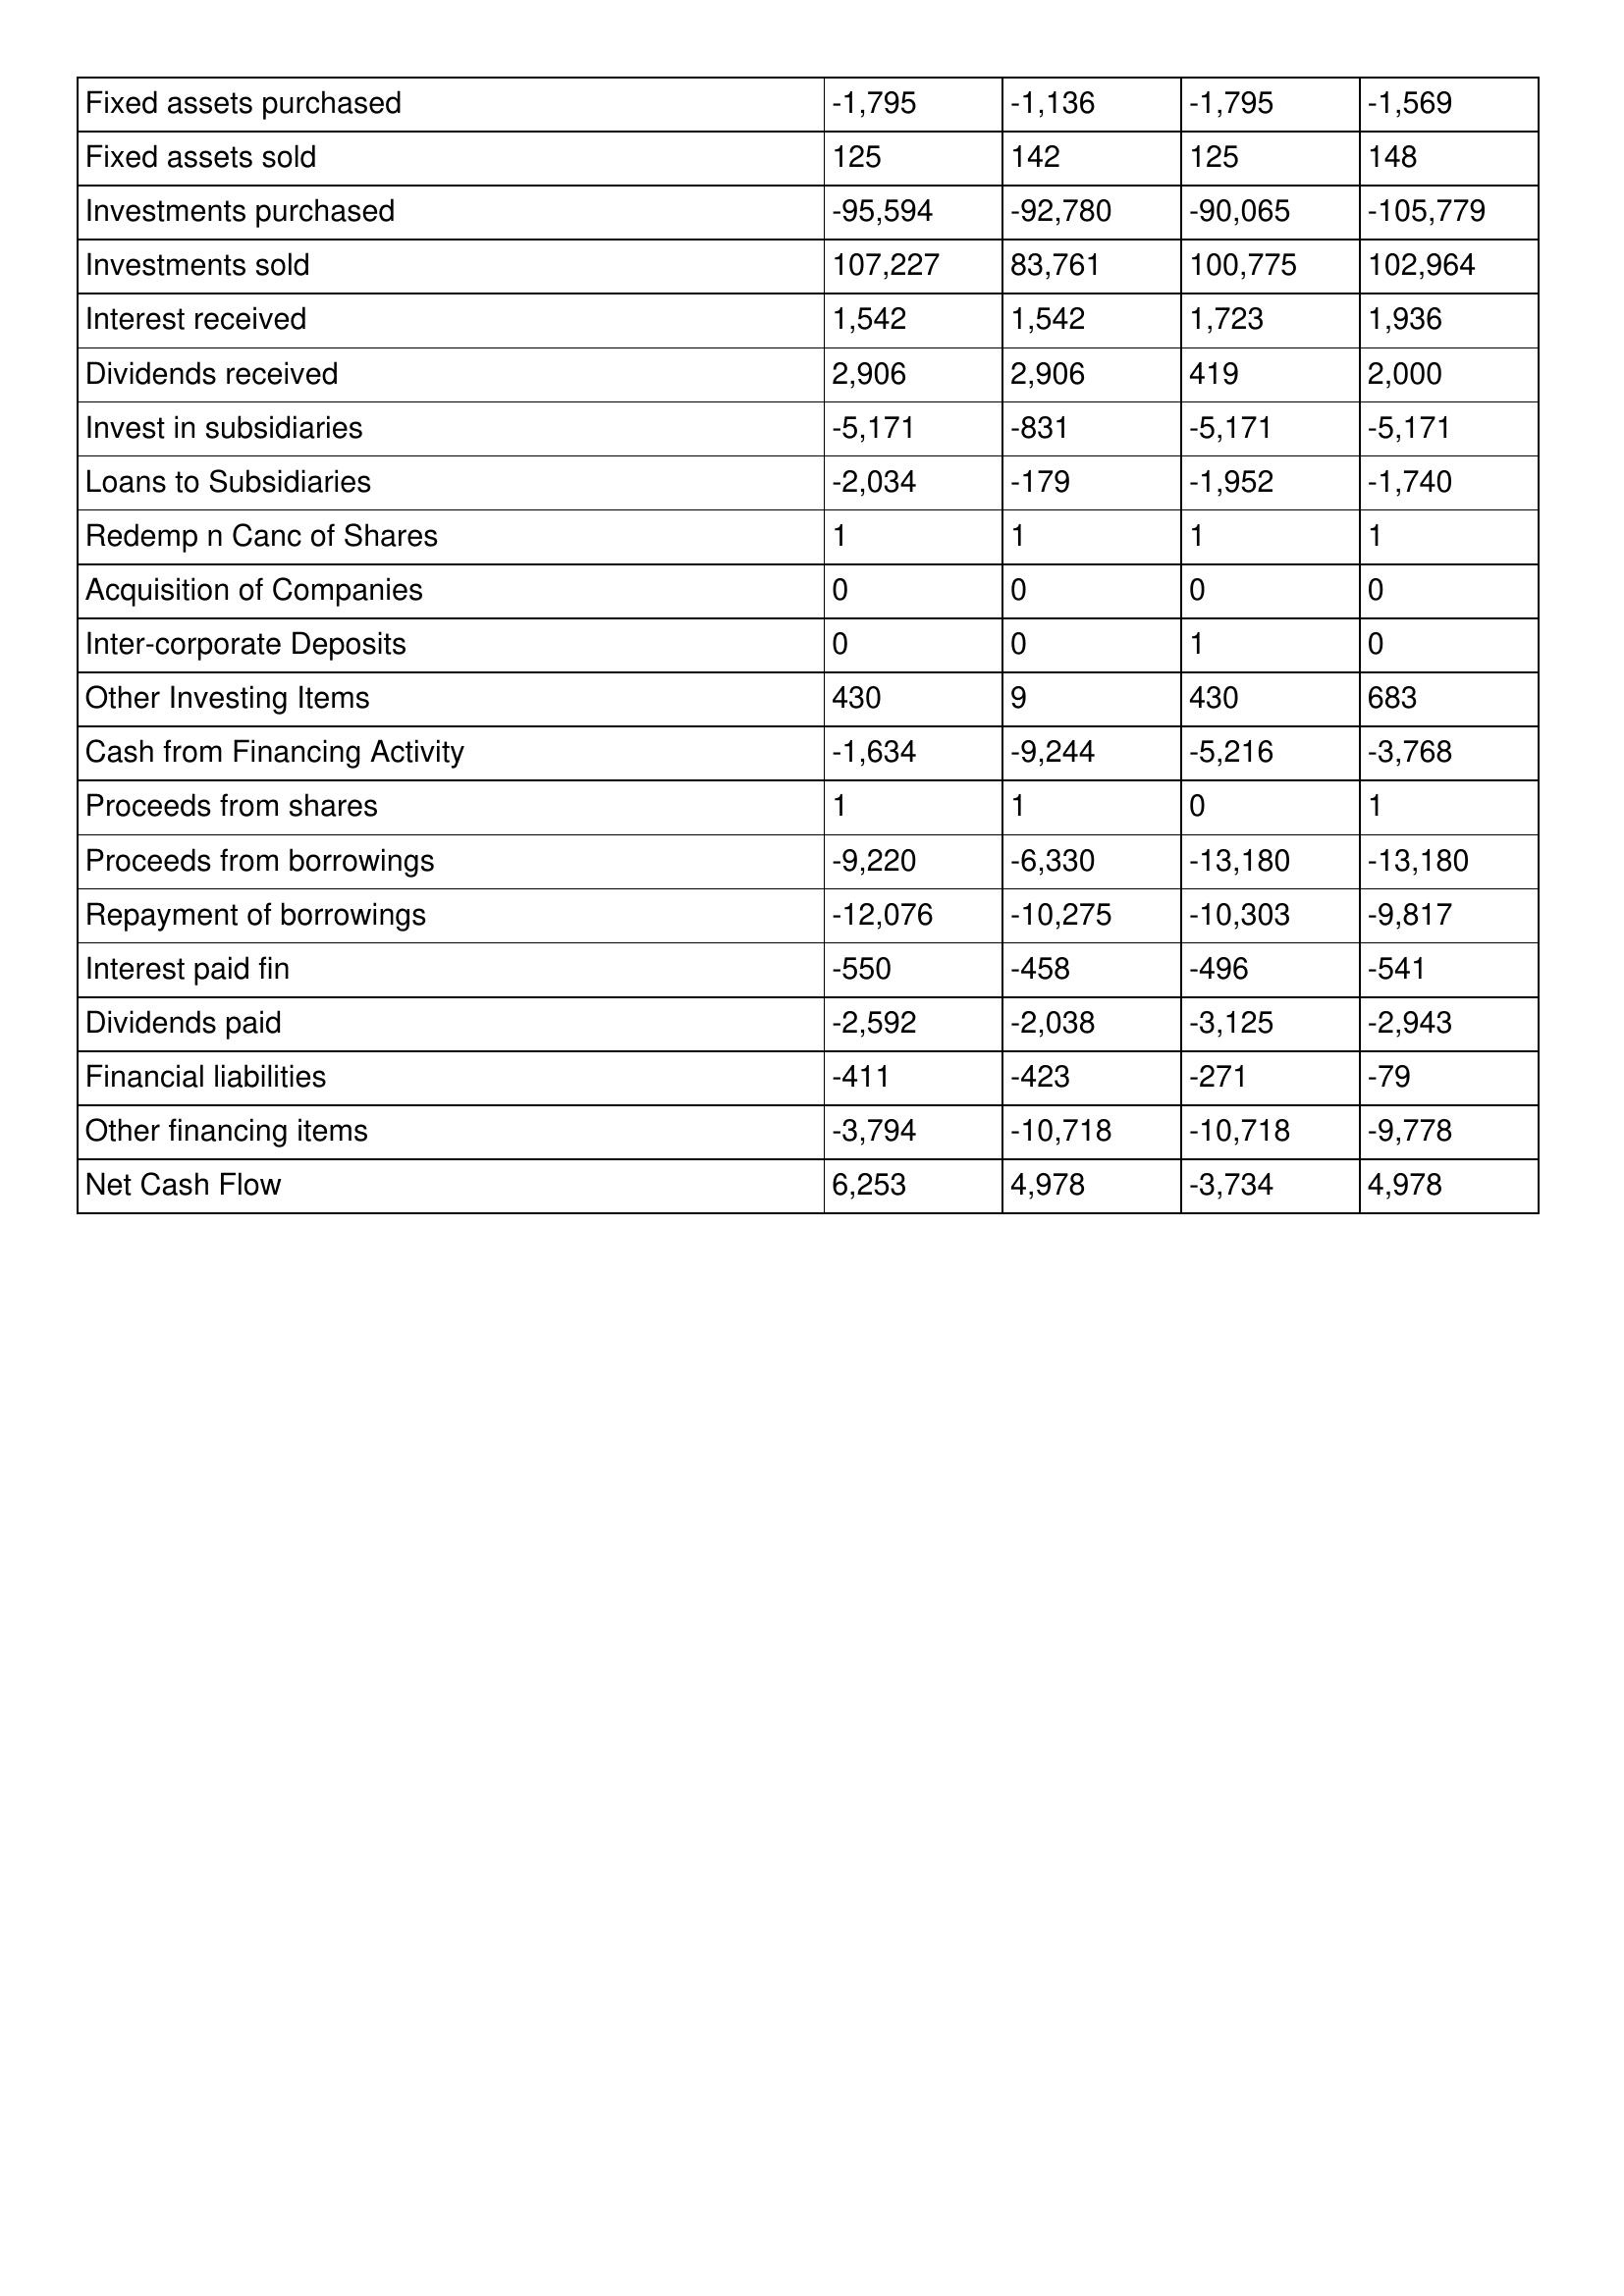
gt_parse: 1999: Cash Flows: Fixed assets purchased: -1,795
Fixed assets sold: 125
Investments purchased: -95,594
Investments sold: 107,227
Interest received: 1,542
Dividends received: 2,906
Invest in subsidiaries: -5,171
Loans to Subsidiaries: -2,034
Redemp n Canc of Shares: 1
Acquisition of Companies: 0
Inter-corporate Deposits: 0
Other Investing Items: 430
Cash from Financing Activity: -1,634
Proceeds from shares: 1
Proceeds from borrowings: -9,220
Repayment of borrowings: -12,076
Interest paid fin: -550
Dividends paid: -2,592
Financial liabilities: -411
Other financing items: -3,794
Net Cash Flow: 6,253
1998: Cash Flows: Fixed assets purchased: -1,136
Fixed assets sold: 142
Investments purchased: -92,780
Investments sold: 83,761
Interest received: 1,542
Dividends received: 2,906
Invest in subsidiaries: -831
Loans to Subsidiaries: -179
Redemp n Canc of Shares: 1
Acquisition of Companies: 0
Inter-corporate Deposits: 0
Other Investing Items: 9
Cash from Financing Activity: -9,244
Proceeds from shares: 1
Proceeds from borrowings: -6,330
Repayment of borrowings: -10,275
Interest paid fin: -458
Dividends paid: -2,038
Financial liabilities: -423
Other financing items: -10,718
Net Cash Flow: 4,978
1997: Cash Flows: Fixed assets purchased: -1,795
Fixed assets sold: 125
Investments purchased: -90,065
Investments sold: 100,775
Interest received: 1,723
Dividends received: 419
Invest in subsidiaries: -5,171
Loans to Subsidiaries: -1,952
Redemp n Canc of Shares: 1
Acquisition of Companies: 0
Inter-corporate Deposits: 1
Other Investing Items: 430
Cash from Financing Activity: -5,216
Proceeds from shares: 0
Proceeds from borrowings: -13,180
Repayment of borrowings: -10,303
Interest paid fin: -496
Dividends paid: -3,125
Financial liabilities: -271
Other financing items: -10,718
Net Cash Flow: -3,734
1996: Cash Flows: Fixed assets purchased: -1,569
Fixed assets sold: 148
Investments purchased: -105,779
Investments sold: 102,964
Interest received: 1,936
Dividends received: 2,000
Invest in subsidiaries: -5,171
Loans to Subsidiaries: -1,740
Redemp n Canc of Shares: 1
Acquisition of Companies: 0
Inter-corporate Deposits: 0
Other Investing Items: 683
Cash from Financing Activity: -3,768
Proceeds from shares: 1
Proceeds from borrowings: -13,180
Repayment of borrowings: -9,817
Interest paid fin: -541
Dividends paid: -2,943
Financial liabilities: -79
Other financing items: -9,778
Net Cash Flow: 4,978